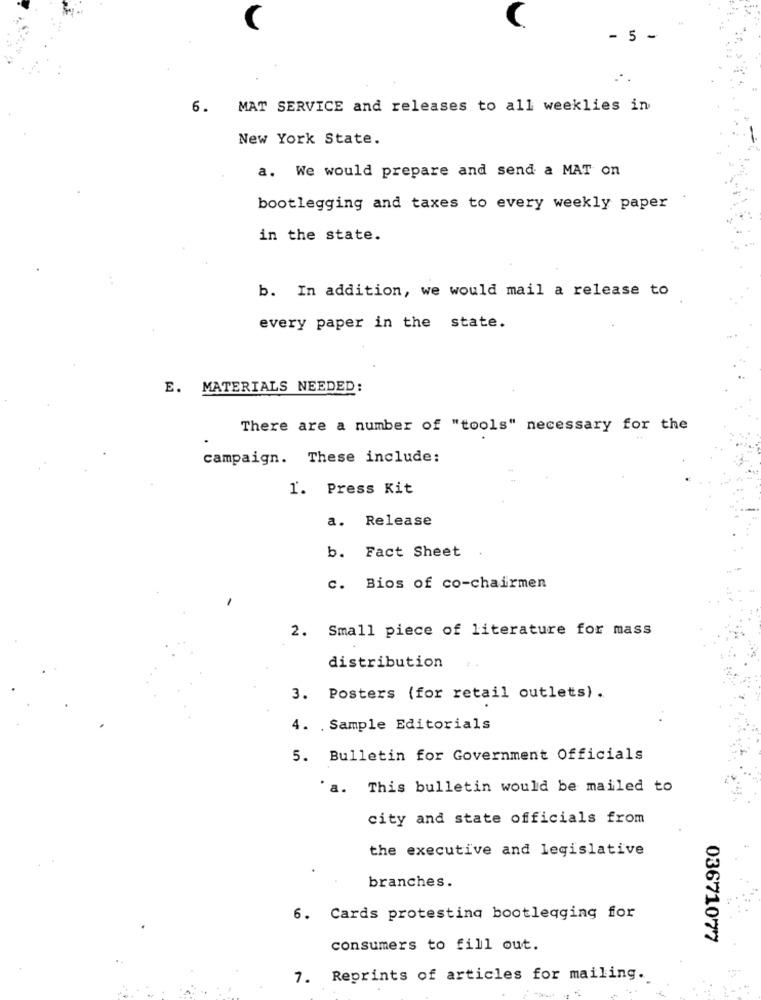
- 5
6. MAT SERVICE and releases to all weeklies in
New York State.
a. We would prepare and send a MAT on
bootlegging and taxes to every weekly paper
in the state.
b. In addition, we would mail a release to
every paper in the state.
E. MATERIALS NEEDED:
There are a number of "tools" necessary for the
campaign. These include:
1. Press Kit
a. Release
b. Fact Sheet
c. Bios of co-chairmen
-
2. Small piece of literature for mass
distribution
3. Posters (for retail outlets) .
4. . Sample Editorials
5. Bulletin for Government Officials
.a.
This bulletin would be mailed to
city and state officials from
the executive and legislative
branches.
6. Cards protesting bootleqging for
03671077
consumers to fill out.
7. Reprints of articles for mailing.